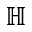
\mathbb { H }